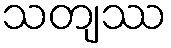
သတျဿ